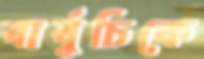
বার্বুচিকে